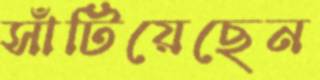
সাঁটিয়েছেন